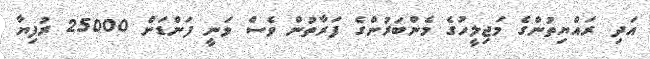
އަދި ރައްޔިތުންގެ މަޖިލީހުގެ މެންބަރުންގެ ފަރާތުން ވެސް ވަނީ ފަންޑަށް 25000 ރުފިޔާ